Problem: 6 × 7 = ?
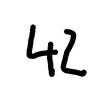
Handwritten answer: 42